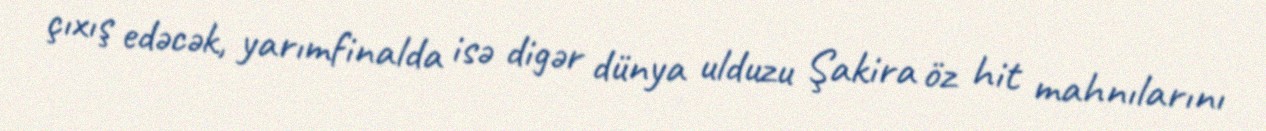
çıxış edəcək, yarımfinalda isə digər dünya ulduzu Şakira öz hit mahnılarını